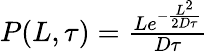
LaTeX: \begin{array}{r}{P(L,\tau)=\frac{Le^{-\frac{L^{2}}{2D\tau}}}{D\tau}}\end{array}